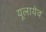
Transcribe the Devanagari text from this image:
यूलायेव